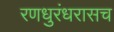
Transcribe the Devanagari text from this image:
रणधुरंधरासच